Madras plague regulations and rules - Volume 2
Disease focus: Plague
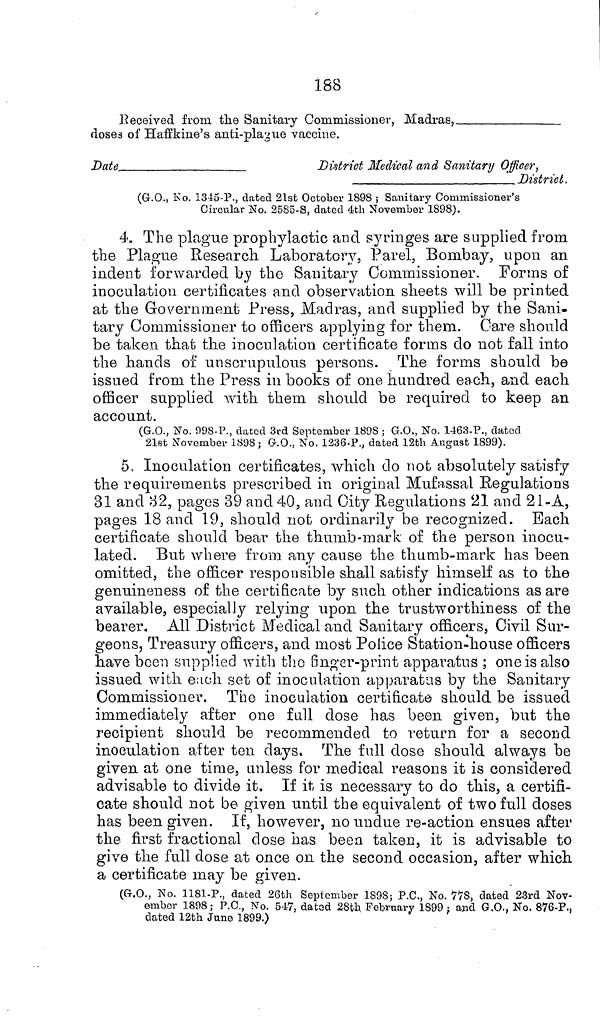
188
Received from the Sanitary Commissioner, Madras,
doses of Haffkine's anti-plague vaccine.
Date
District Medical and Sanitary Officer,
District,
(G.O., No. 1345-P., dated 21st October 1898 ; Sanitary Commissioner's
Circular No. 2585-S, dated 4th November 1898).
4. The plague prophylactic and syringes are supplied from
the Plague Research Laboratory, Parel, Bombay, upon an
indent forwarded by the Sanitary Commissioner. Forms of
inoculation certificates and observation sheets will be printed
at the Government Press, Madras, and supplied by the Sani-
tary Commissioner to officers applying for them. Care should
be taken that the inoculation certificate forms do not fall into
the hands of unscrupulous persons. The forms should be
issued from the Press in books of one hundred each, and each
officer supplied with them should be required to keep an
account.
(G.O., No. 998-P., dated 3rd September 1898 ; G.O., No. 1463-P., dated
21st November 1898; G.O., No. 1236-P., dated 12th August 1899).
5, Inoculation certificates, which do not absolutely satisfy
the requirements prescribed in original Mufassal Regulations
31 and 32, pages 39 and 40, and City Regulations 21 and 21-A,
pages 18 and 19, should not ordinarily be recognized. Each
certificate should bear the thumb-mark of the person inocu-
lated. But where from any cause the thumb-mark has been
omitted, the officer responsible shall satisfy himself as to the
genuineness of the certificate by such other indications as are
available, especially relying upon the trustworthiness of the
bearer. All District Medical and Sanitary officers, Civil Sur-
geons, Treasury officers, and most Police Station-house officers
have been supplied with the finger-print apparatus ; one is also
issued with each set of inoculation apparatus by the Sanitary
Commissioner. The inoculation certificate should be issued
immediately after one full dose has been given, but the
recipient should be recommended to return for a second
inoculation after ten days. The full dose should always be
given at one time, unless for medical reasons it is considered
advisable to divide it. If it is necessary to do this, a certifi-
cate should not be given until the equivalent of two full doses
has been given. If, however, no undue re-action ensues after
the first fractional dose has been taken, it is advisable to
give the full dose at once on the second occasion, after which
a certificate may be given.
(G.O., No. 1181-P., dated 26th September 1898; P.C., No. 778, dated 23rd Nov-
ember 1898; P.C., No. 547, dated 28bh February 1899 ; and G.O., No. 876-P.,
dated 12th June 1899.)